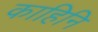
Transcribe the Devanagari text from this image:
काहिनि